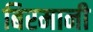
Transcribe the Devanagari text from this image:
बिरमानी